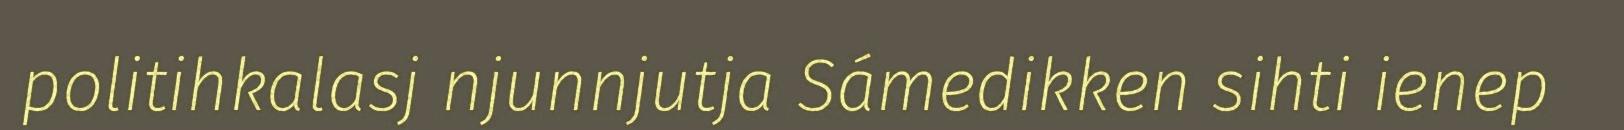
politihkalasj njunnjutja Sámedikken sihti ienep